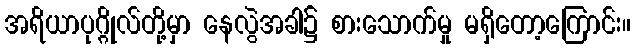
အရိယာပုဂ္ဂိုလ်တို့မှာ နေလွဲအခါ၌ စားသောက်မှု မရှိတော့ကြောင်း။